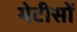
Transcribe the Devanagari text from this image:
मेटीसों